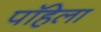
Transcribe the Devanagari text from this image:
पॉहेला